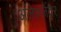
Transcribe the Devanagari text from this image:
अलेक्जेंदर